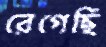
রেগেছি